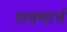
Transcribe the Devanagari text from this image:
शक्यार्थ